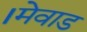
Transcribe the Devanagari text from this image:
।मेवाड